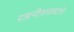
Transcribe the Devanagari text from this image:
रजनीशवादाचे